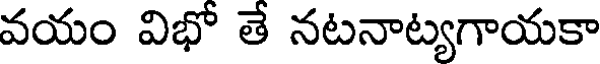
వయం విభో తే నటనాట్యగాయకా